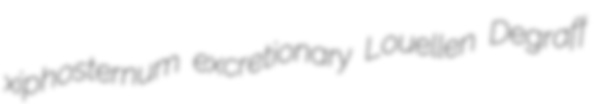
xiphosternum excretionary Louellen Degraff